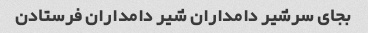
بجای سرشیر دامداران شیر دامداران فرستادن